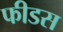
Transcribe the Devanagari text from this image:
फीडस